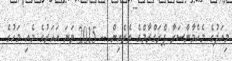
މިއަދުގެ މެހެމާންސަރާ ޕްރަގްރާމްގެ ތެރެއިން -- 2015 ވަނަ އަހަރުގެ މެއި މަހުގެ